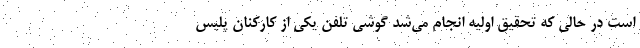
است در حالی که تحقیق اولیه انجام می‌شد گوشی تلفن یکی از کارکنان پلیس